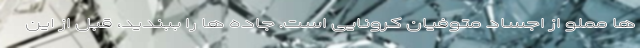
ها مملو از اجساد متوفیان کرونایی است. جاده ها را ببندید، قبل از این